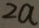
2 a